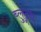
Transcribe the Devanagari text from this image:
ब्लुटूथ